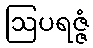
ဩပရဇ္ဇံ